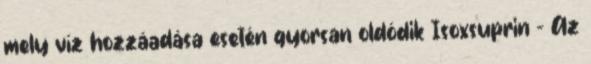
mely víz hozzáadása esetén gyorsan oldódik Isoxsuprin - Az